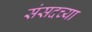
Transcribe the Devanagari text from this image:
संसदच्या